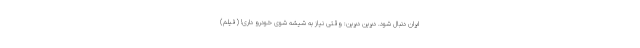
ايران دنبال شود. دیرین دیرین: وقتی نیاز به شیشه شوی خودرو داری! (فیلم)